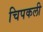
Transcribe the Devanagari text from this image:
चिपकली